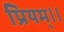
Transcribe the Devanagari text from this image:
प्रियम्।।